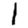
Digit: 1